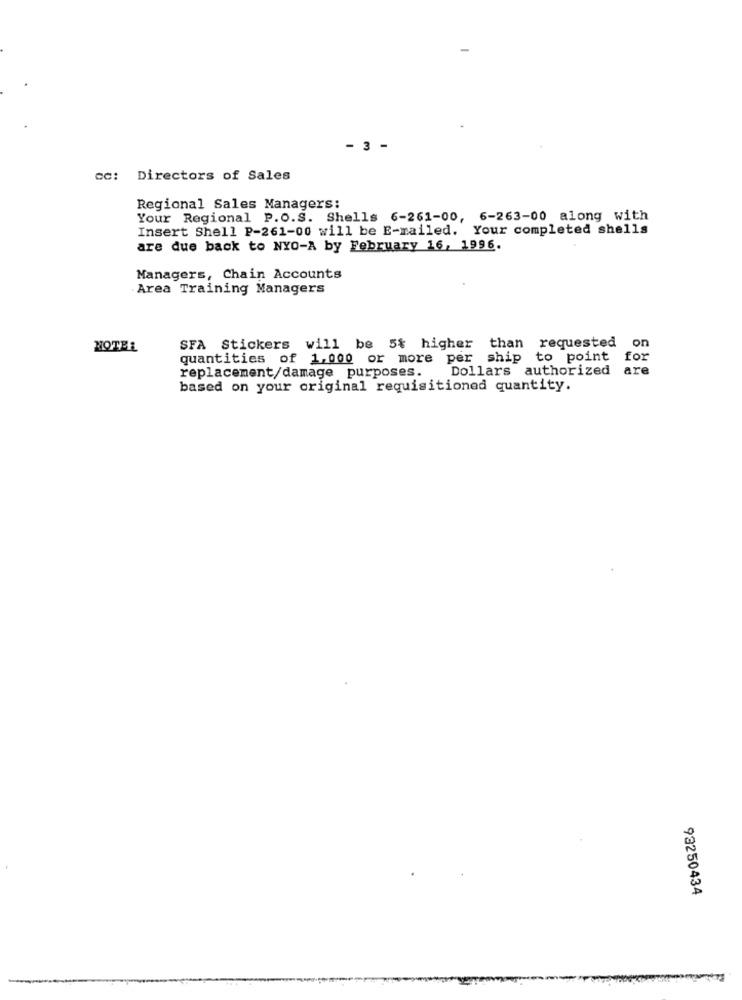
- 3 -
cc: Directors of Sales
Regional Sales Managers:
Your Regional P.O.S. Shells 6-261-00, 6-263-00 along with
Insert Shell P-261-00 will be E-mailed. Your completed shells
are due back to NYO-A by February 16, 1996.
Managers, Chain Accounts
Area Training Managers
HOTEL
SFA Stickers will be 5% higher than requested
on
quantities of 1,000 or more per ship to point
for
replacement/damage purposes.
Dollars authorized
are
based on your original requisitioned quantity.
93250434